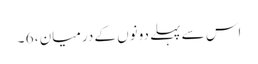
اس سے پہلے دونوں کے درمیان ، 6 ۔